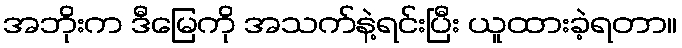
အဘိုးက ဒီမြေကို အသက်နဲ့ရင်းပြီး ယူထားခဲ့ရတာ။